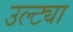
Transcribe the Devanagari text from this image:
उल्ट्या